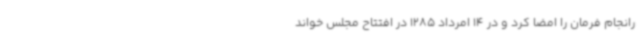
رانجام فرمان را امضا کرد و در 14 امرداد 1285 در افتتاح مجلس خواند